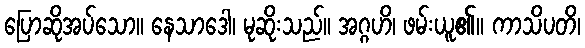
ပြောဆိုအပ်သော။ နေသာဒေါ၊ မုဆိုးသည်။ အဂ္ဂဟိ၊ ဖမ်းယူ၏။ ကာသိပတိ၊